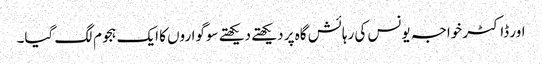
اور ڈاکٹر خواجہ یونس کی رہائش گاہ پر دیکھتے دیکھتے سوگواروں کا ایک ہجوم لگ گیا۔